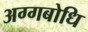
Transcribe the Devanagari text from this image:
अग्गबोधि